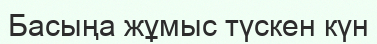
Басыңа жұмыс түскен күн